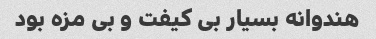
هندوانه بسیار‌ بی کیفت و بی مزه بود